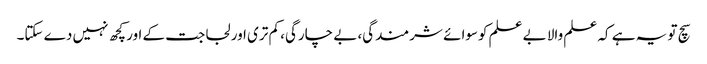
سچ تو یہ ہے کہ علم والا بے علم کوسوائے شرمندگی، بے چارگی، کم تری اور لجاجت کے اور کچھ نہیں دے سکتا۔